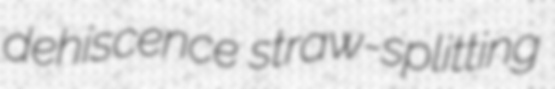
dehiscence straw-splitting